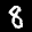
Label: 8